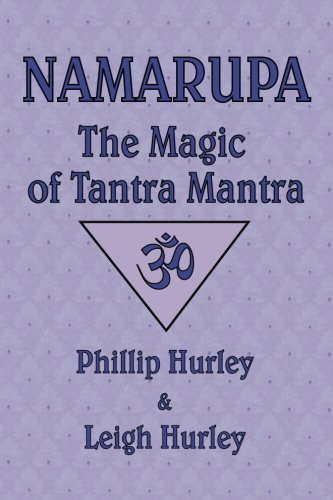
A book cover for Namarupa: The Magic of Tantra Mantra; Phillip Hurley; Religion & Spirituality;